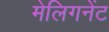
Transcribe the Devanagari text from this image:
मेलिगनेंट